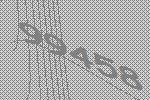
99458